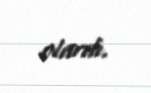
olardı.